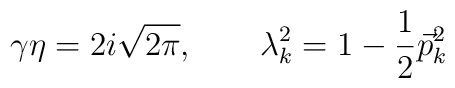
\gamma \eta = 2i \sqrt{2\pi} , \qquad\lambda_k^2 = 1 - \frac{1}{2} \vec{p}^2_{k}